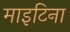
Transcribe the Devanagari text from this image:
माइटिना